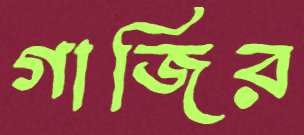
গাজির